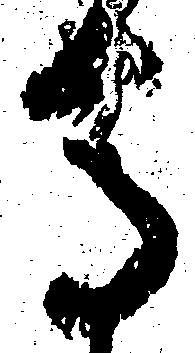
馬